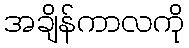
အချိန်ကာလကို